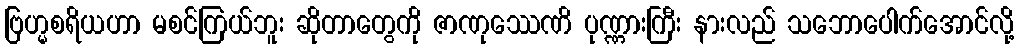
ဗြဟ္မစရိယဟာ မစင်ကြယ်ဘူး ဆိုတာတွေကို ဇာဏုဿေဏိ ပုဏ္ဏားကြီး နားလည် သဘောပေါက်အောင်လို့